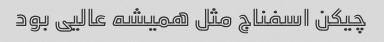
چیکن اسفناج مثل همیشه عالیی بود